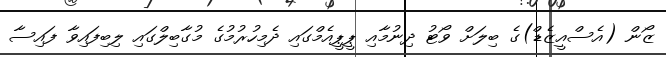
ޒޯން (އެސްއީޒެޑް)ގެ ބިލަށް ވޯޓު ދިނުމާއި ޕީޕީއެމްގައި ދެމިހުރުމުގެ މުގާބިލްގައި ލިބިފައިިވާ ފައިސާ